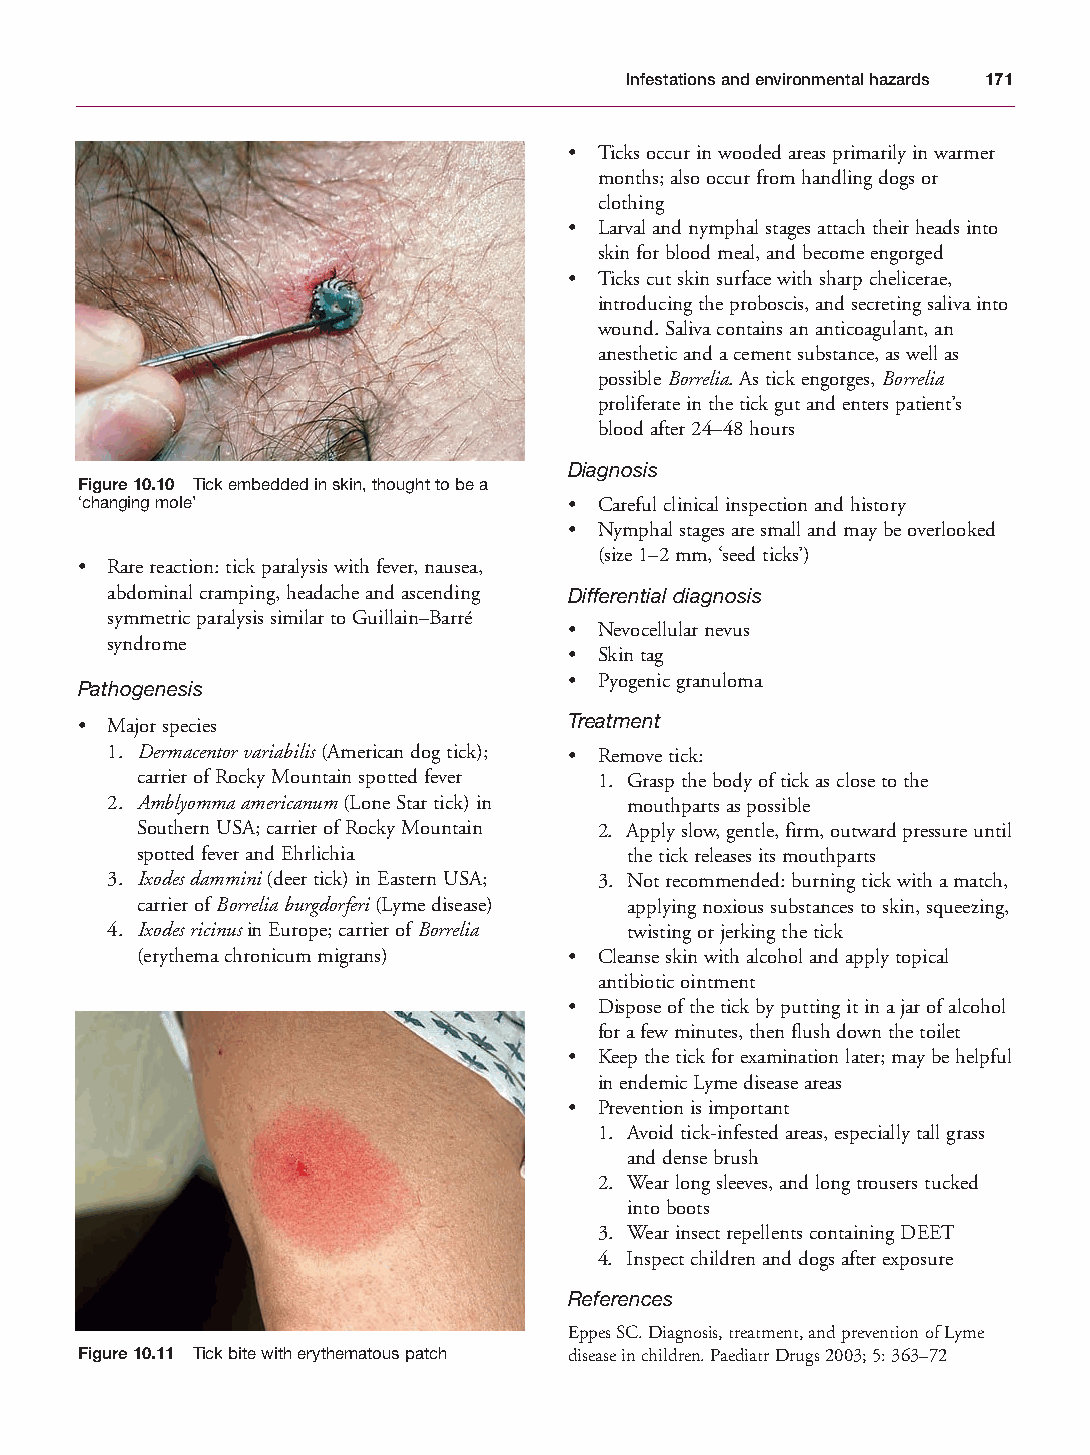
Mallory Chapter 10 27/1/05 2:12 pm Page 171
 Infestations and environmental hazards 171
 • Ticks occur in wooded areas primarily in warmer
 months; also occur from handling dogs or
 clothing
 • Larval and nymphal stages attach their heads into
 skin for blood meal, and become engorged
 • Ticks cut skin surface with sharp chelicerae,
 introducing the proboscis, and secreting saliva into
 wound. Saliva contains an anticoagulant, an
 anesthetic and a cement substance, as well as
 possible Borrelia. As tick engorges, Borrelia
 proliferate in the tick gut and enters patient’s
 blood after 24–48 hours
 Diagnosis
 Figure 10.10 Tick embedded in skin, thought to be a
 ‘changing mole’                  • Careful clinical inspection and history
 • Nymphal stages are small and may be overlooked
 (size 1–2 mm, ‘seed ticks’)
 • Rare reaction: tick paralysis with fever, nausea,
 abdominal cramping, headache and ascending Differential diagnosis
 symmetric paralysis similar to Guillain–Barré
 • Nevocellular nevus
 syndrome
 • Skin tag
 • Pyogenic granuloma
 Pathogenesis
 • Major species                  Treatment
 1. Dermacentor variabilis(American dog tick); • Remove tick:
 carrier of Rocky Mountain spotted fever 1. Grasp the body of tick as close to the
 2. Amblyomma americanum(Lone Star tick) in mouthparts as possible
 Southern USA; carrier of Rocky Mountain 2. Apply slow, gentle, firm, outward pressure until
 spotted fever and Ehrlichia     the tick releases its mouthparts
 3. Ixodes dammini(deer tick) in Eastern USA; 3. Not recommended: burning tick with a match,
 carrier of Borrelia burgdorferi(Lyme disease) applying noxious substances to skin, squeezing,
 4. Ixodes ricinusin Europe; carrier of Borrelia twisting or jerking the tick
 (erythema chronicum migrans) • Cleanse skin with alcohol and apply topical
 antibiotic ointment
 • Dispose of the tick by putting it in a jar of alcohol
 for a few minutes, then flush down the toilet
 • Keep the tick for examination later; may be helpful
 in endemic Lyme disease areas
 • Prevention is important
 1. Avoid tick-infested areas, especially tall grass
 and dense brush
 2. Wear long sleeves, and long trousers tucked
 into boots
 3. Wear insect repellents containing DEET
 4. Inspect children and dogs after exposure
 References
 Eppes SC. Diagnosis, treatment, and prevention of Lyme
 Figure 10.11 Tick bite with erythematous patch disease in children. Paediatr Drugs 2003; 5: 363–72